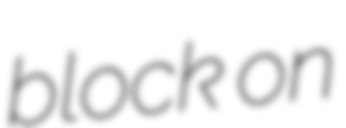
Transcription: block on